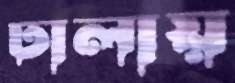
ঢালায়